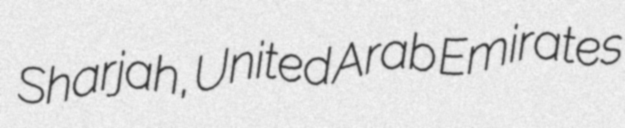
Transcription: Sharjah, United Arab Emirates